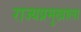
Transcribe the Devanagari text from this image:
राज्यप्रमुखाला